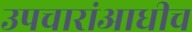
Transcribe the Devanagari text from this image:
उपचारांआधीच